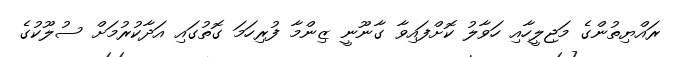
ރައްޔިތުންގެ މަޖިލީހާއި ހަވާލު ކޮށްފައިވާ ގާނޫނީ ޒިންމާ ފުރިހަމަ ގޮތުގައި އަދާކުރުމަށް ސުލޫކުގެ